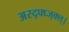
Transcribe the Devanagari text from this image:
अस्द्फ्घ्ज्क्ल्।